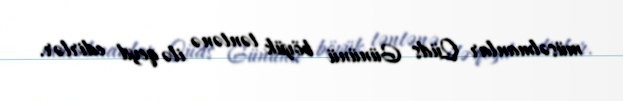
müsəlmanlar Qüds Gününü böyük təntənə ilə qeyd edirlər.